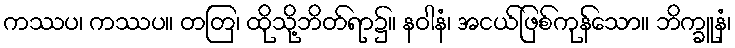
ကဿပ၊ ကဿပ။ တတြ၊ ထိုသို့ဘိတ်ရာ၌။ နဝါနံ၊ အငယ်ဖြစ်ကုန်သော။ ဘိက္ခူနံ၊